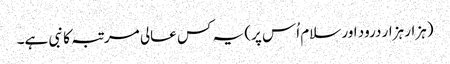
(ہزار ہزار درود اور سلام اُس پر) یہ کس عالی مرتبہ کا نبی ہے۔